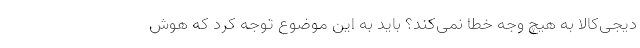
دیجی‌کالا به هیچ وجه خطا نمی‌کند؟ باید به این موضوع توجه کرد که هوش